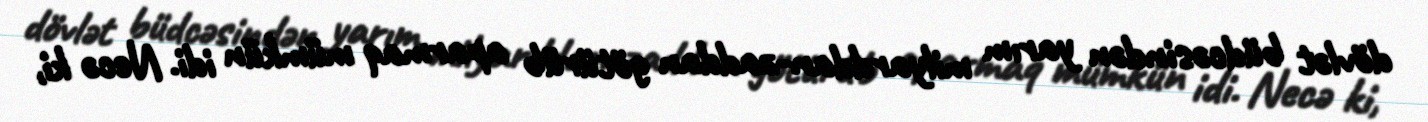
dövlət büdcəsindən yarım milyarddan-zaddan götürüb aparmaq mümkün idi. Necə ki,